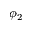
\phi _ { 2 }